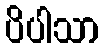
ပိပါသာ